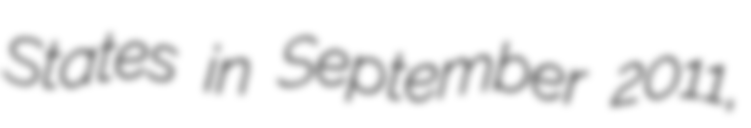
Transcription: States in September 2011,